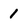
Character: 1